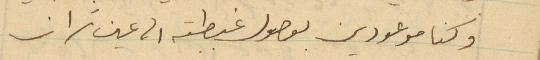
وكنا موعودين بوصول غبطته الى عين تراز